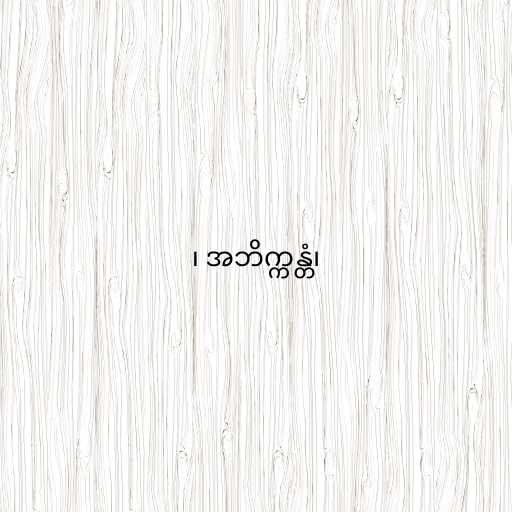
၊ အဘိက္ကန္တံ၊